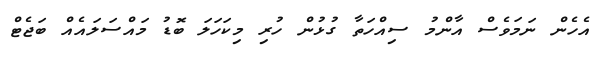
އެހެން ނަމަވެސް އާންމު ސިއްހަތާ ގުޅުން ހުރި މިކަހަލަ ބޮޑު މައްސަލައެއް ބަޖެޓް